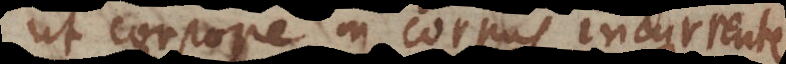
corpore in corpus incurrente